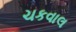
ચકવાલ